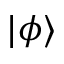
| \phi \rangle